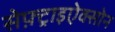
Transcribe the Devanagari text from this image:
सेफ़्ट्राइऐक्सोन